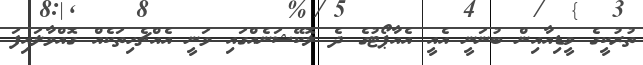
ތުރުކީގެ މީޑިއާއިން ބުނަނީ އެއީ އެއާޕޯޓުގެ ދެ ލޮކޭޝަނެއްގައި ވަނީ އެއްޗެހިތަކެއް ގޮއްވާލައިފަ